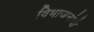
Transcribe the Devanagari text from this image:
विभाजनांची